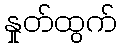
နှုတ်ထွက်